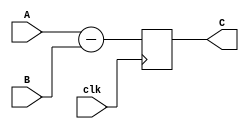
module Subtractor(
    input wire clk,
    input wire [7:0] A,
    input wire [7:0] B,
    output reg [7:0] C
);

always @(posedge clk) begin
    C <= A - B;
end

endmodule